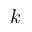
k